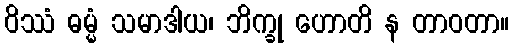
ဝိဿံ ဓမ္မံ သမာဒါယ၊ ဘိက္ခု ဟောတိ န တာဝတာ။